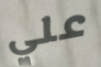
علي